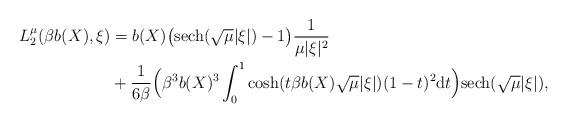
LaTeX: \begin{align*} L_2^{\mu}(\beta b(X),\xi) & = b(X) \big{(} \mathrm{sech}(\sqrt{\mu}|\xi|) -1 \big{)}\frac{1}{\mu |\xi|^2} \\ & + \frac{1}{6\beta} \Big(\beta^3 b(X)^3 \int_0^1 \cosh(t\beta b(X) \sqrt{\mu}|\xi|) (1-t)^2\mathrm{d}t\Big) \mathrm{sech}(\sqrt{\mu}|\xi|), \end{align*}